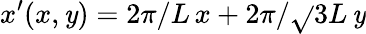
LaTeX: x^{\prime}(x,\mathit{y})=2\pi/L\, x+2\pi/\sqrt{}{{3}}L\, \mathit{y}